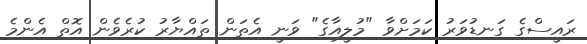
ރައީސްގެ ގަނޑުވަރު ކަމަށްވާ "މުލީއާގެ" ވަނީ އެތަން ތައްޔާރު ކުރެވެން އޮތް އެންމެ